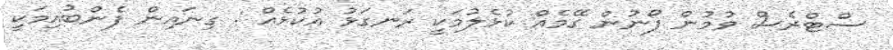
ސްޓްރެސް ވުމުން ފޯނުން ގޭމެއް ކުޅެލުމަކީ ރަނގަޅު އުކުޅެއް : ގިނައިން ފެންބުއިމަކީ